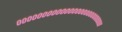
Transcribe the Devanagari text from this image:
०००००००००००००००००००००००००००